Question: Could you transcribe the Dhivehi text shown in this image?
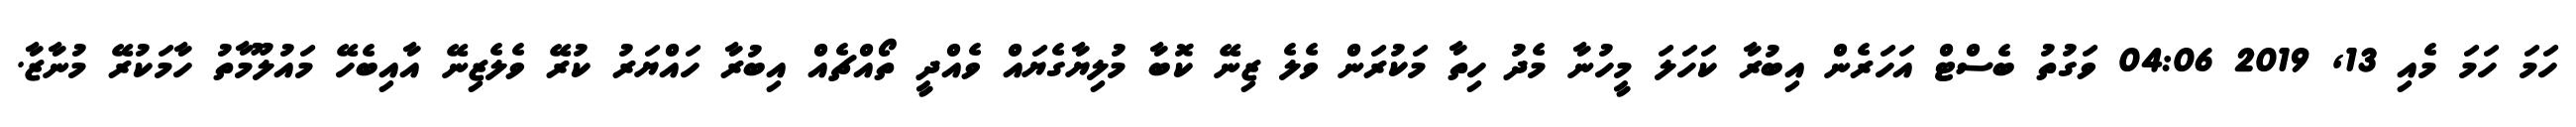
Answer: ހަމަ ހަމަ މެއި 13, 2019 04:06 ވަގުތު ބެސްޓް އަހަރެން އިބުރާ ކަހަލަ މީހުނާ މެދު ހިތާ މަކުރަން ވެލެ ޒިނޭ ކޮބާ މުލިޔާގެޔައް ވެއްދީ ތޯއްޗެއް އިބުރާ ހައްޔަރު ކުރޭ ވެލެޒިނޭ އާއިބެހޭ މައުލޫމާތު ހާމަކުރޭ މުނާޒާ.